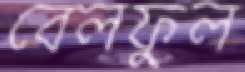
বেলফুল